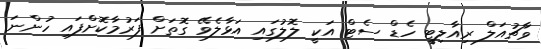
ވާޗުއަލް ރިއާލިޓީ ހެޑް ސެޓް އަކީ ލޮލުގައި އަޅާލެވޭ ގޮތަށް ފަރުމާކޮށްފައި ހުންނަ